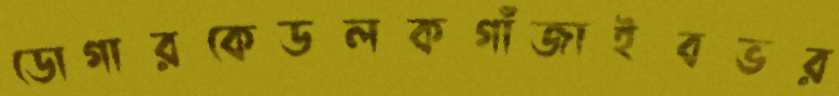
ডোগারকেডলকগাঁজাইবভর